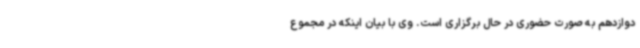
دوازدهم به صورت حضوری در حال برگزاری است. وی با بیان اینکه در مجموع